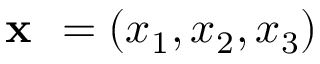
\textbf { x } = \left( { { x } _ { 1 } } , { { x } _ { 2 } } , { { x } _ { 3 } } \right)